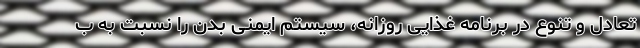
تعادل و تنوع در برنامه غذایی روزانه، سیستم ایمنی بدن را نسبت به ب